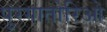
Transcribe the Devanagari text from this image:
पुरगातोरिओ